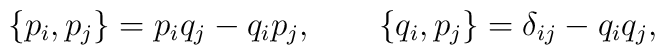
\{p_i, p_j\} = p_i q_j - q_i p_j, \qquad \{q_i, p_j\} = \delta_{ij} - q_iq_j,